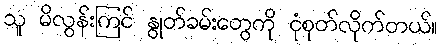
သူ မိလွန်းကြင် နွုတ်ခမ်းတွေကို ငုံစုတ်လိုက်တယ်။